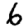
Digit: 6